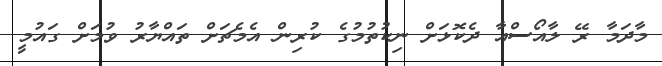
މާދަމާ ރޭ ލާއޯސްއާ ދެކޮޅަށް ނިކުތުމުގެ ކުރިން އެމެޗަށް ތައްޔާރު ވުމަށް ގައުމީ